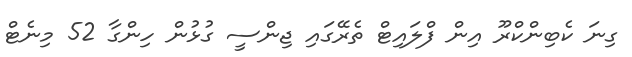
ގިނަ ކެބިންކްރޫ އިން ފްލައިޓް ތެރޭގައި ޖިންސީ ގުޅުން ހިންގާ 52 މިނެޓް